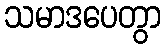
သမာဒပေတွာ